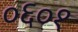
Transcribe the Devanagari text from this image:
०६०१